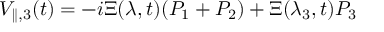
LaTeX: V _ { \parallel , 3 } ( t ) = - i \Xi ( \lambda , t ) ( P _ { 1 } + P _ { 2 } ) + \Xi ( \lambda _ { 3 } , t ) P _ { 3 }